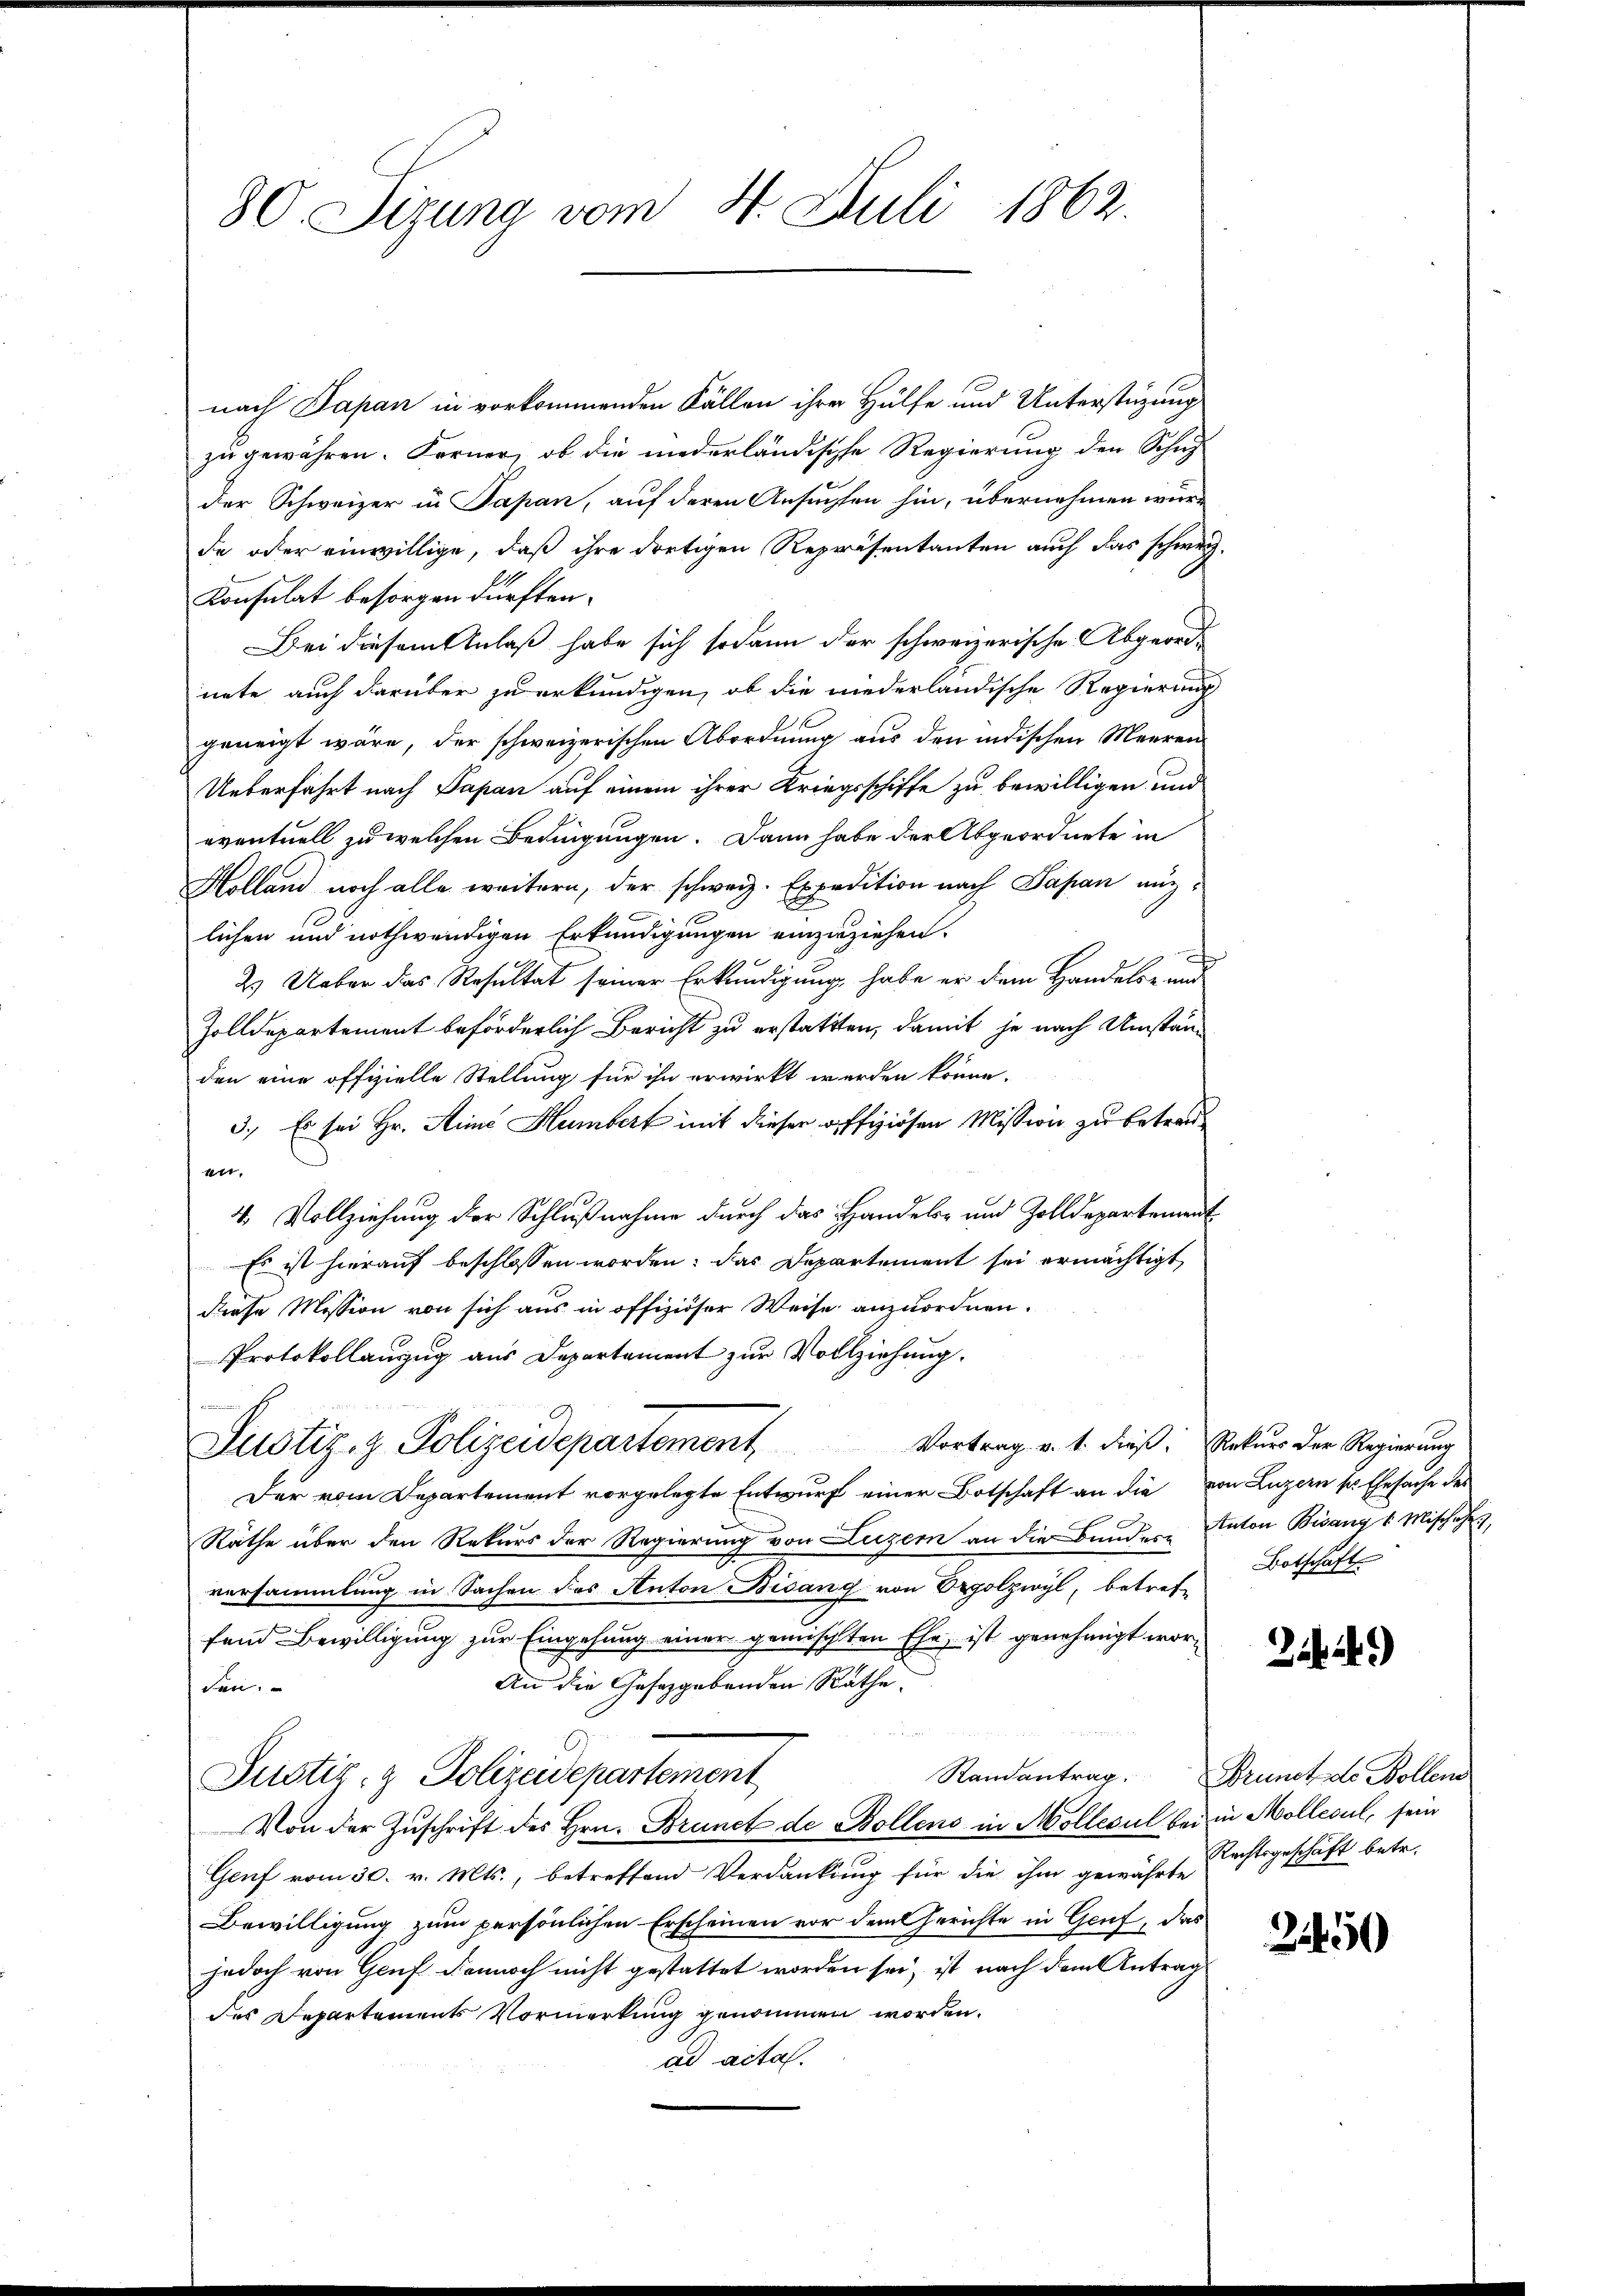
80. Sizung vom 4. Juli 1862.

nach Papan in vorkommenden Fällen ihre Hülfe und Unterstüzung
zu gewähren. Ferner, ob die niederländische Regierung den Schul-
der Schweizer in Papan, auf deren Ansuchten hin, übernehmen würde oder einwillige, daß ihre dortigen Repräsentanten auch das schweiz.
Konsulat besorgen dürften.
Bei diesem Anlaß habe sich sodann der schweizerische Abgeordnete, auch darüber zu erkundigen, ob die niederländische Regierung
geneigt wäre, der schweizerischen Abordnung aus den indischen Meeren
Ueberfährt nach Papan auf einem ihrer Kriegsschiffe zu bewilligen und
eventuell zu welchen Bedingungen. Dann habe der Abgeordnete in
Holland noch alle weitern, der schweiz. Expedition nach Papan anzlichen und nothwendigen Erkundigungen einzuziehen.
¬
2.) Ueber das Resultat seiner Erkundigung, habe er dem Handels- und
Zolldepartement beförderlich Bericht zu erstattten, damit je nach Umständen eine offizielle Stellung für ihn erwirkt werden könne.
3.) Es sei Hr. Sine Humbert mit dieser offiziösen Mission zu betreut
4. Vollziehung der Schlußnahme durch das Handels- und Zolldepartement
Es ist hierauf beschlossen worden. Das Departement sei ermächtigt
diese Mission von sich aus in offiziöser Weise anzuordnen.
Protokollanzug aus Departement zur Vollziehung.
Justiz- & Polizeidepartement Vortrag v. 1. dieß: Rekurs der Regierung
Der vom Departement vorgelegte Entwurf einer Botschaft an die von Luzern so. Ehesache des
Räthe über den Rekurs der Regierung von Luzern an die Bundere Anton Bisangs Mischehe,
versammlung in Sachen des Anton Bisang von Oerpolzwyl, betref-
fand Bewilligung zur Eingehung einer gemischten Ehe, ist genehmigt wor¬
An die Gesetzgebenden Rathe:
den.
.
Randantrag. Brunst de Bollen
Justiz- & Polizeidepartement
Von der Zuschrift des Hrn. Brunct de Bollens in Mollecul bei in Mollecul, sein
Genf vom 30. v. Mts., betreffend Verdankung für die ihm gewährte
Bewilligung zum persönlichen Erscheinen vor dem Gerichte in Genf, das
jedoch von Gruf dennoch nicht gestattet worden sei, ist nach dem Antrag
des Departements Vormerkung genommen worden.
ad acta.

Botschaft

24)

Rechtsgeschäft betr.

2450